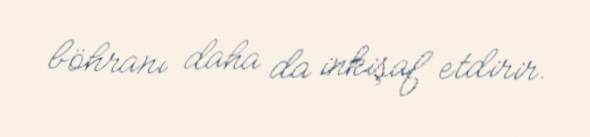
böhranı daha da inkişaf etdirir.